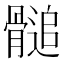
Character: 𩪀